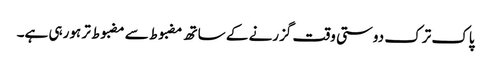
پاک ترک دوستی وقت گزرنے کے ساتھ مضبوط سے مضبوط تر ہورہی ہے۔